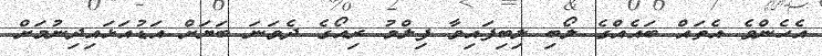
އެހެންވެ އެތައް ބައެއްގެ ލޯބި ލިބިފައިވާ ފިލްމު ރިއޯގެ ދެވަނަ ބަޔަށް އަޑުއަޅައިދިނުމަށް